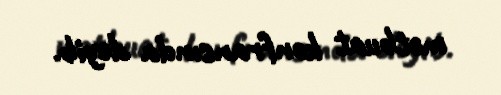
mətbuat konfransında deyib.